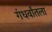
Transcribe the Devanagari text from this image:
गंधर्वांतला